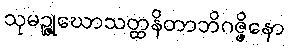
သုမဉ္ဇုဃောသတ္ထနိတာဘိဂဇ္ဇိနော